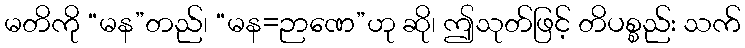
မတိကို “မန”တည်၊ “မန=ဉာဏေ”ဟု ဆို၊ ဤသုတ်ဖြင့် တိပစ္စည်း သက်